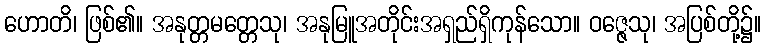
ဟောတိ၊ ဖြစ်၏။ အနုတ္တမတ္တေသု၊ အနုမြူအတိုင်းအရှည်ရှိကုန်သော။ ဝဇ္ဇေသု၊ အပြစ်တို့၌။